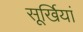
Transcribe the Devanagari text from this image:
सूर्खियां